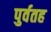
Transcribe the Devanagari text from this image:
पुर्वतह